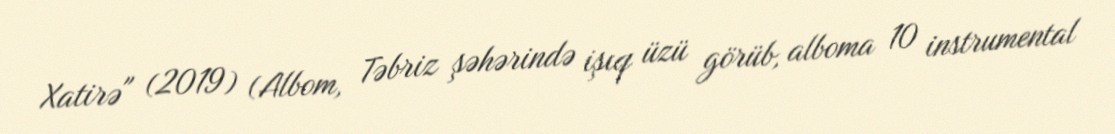
Xatirə" (2019) (Albom, Təbriz şəhərində işıq üzü görüb, alboma 10 instrumental